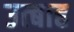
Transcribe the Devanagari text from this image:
उत्बाह